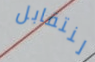
لنتقابل